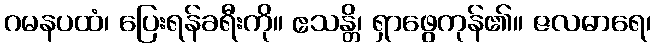
ဂမနပထံ၊ ပြေးရန်ခရီးကို။ ဧသန္တိ၊ ရှာဖွေကုန်၏။ ဇလဓာရေ၊